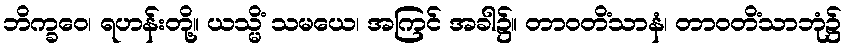
ဘိက္ခဝေ၊ ရဟန်းတို့။ ယသ္မိံ သမယေ၊ အကြင် အခါ၌။ တာဝတိံသာနံ၊ တာဝတိံသာဘုံ၌